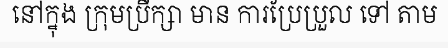
នៅក្នុង ក្រុមប្រឹក្សា មាន ការប្រែប្រួល ទៅ តាម